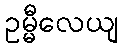
ဥမ္မီလေယျ